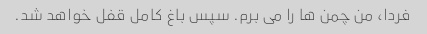
فردا، من چمن ها را می برم. سپس باغ کامل قفل خواهد شد.